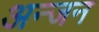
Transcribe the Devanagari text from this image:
अन्जन